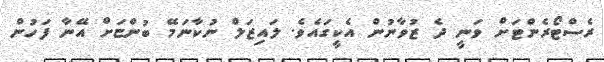
ރެސްޓޯރެންޓަށް ވަނީ ދެ ޒުވާނުން އެކީގައެވެ. ލައިޒަލް ނުކާނަމޭ ބުންޏަށް އޭނާ ފަހުން